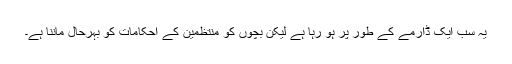
یہ سب ایک ڈارمے کے طور پر ہو رہا ہے لیکن بچوں کو منتظمین کے احکامات کو بہرحال ماننا ہے۔